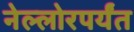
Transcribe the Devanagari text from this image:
नेल्लोरपर्यंत